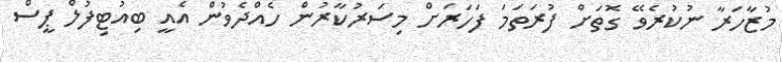
މުޒާހަރާ ނުކުރެވޭ ގޮތަށް ފުރަތަމަ ފަހަރަށް މިސަރުކާރުން ހެއްދެވުން އެއީ ބިއުޓިފުލް ޕީސް